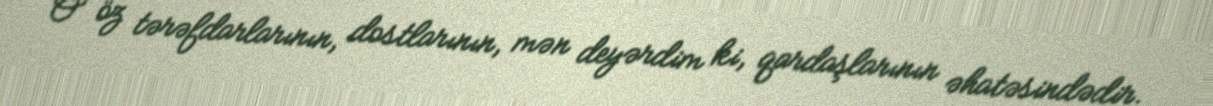
O öz tərəfdarlarının, dostlarının, mən deyərdim ki, qardaşlarının əhatəsindədir.